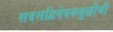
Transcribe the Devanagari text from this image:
सदसद्विवेवकबुद्धीची